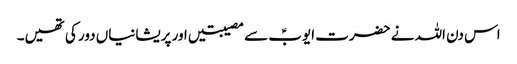
اس دن اللہ نے حضرت ایوبؑ سے مصیبتیں اور پریشانیاں دور کی تھیں۔